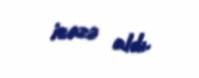
icazə aldı.